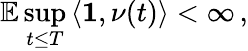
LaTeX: \mathbb{E}\operatorname*{sup}_{t\leq T}\left\langle\mathbf{1},\nu(t)\right\rangle<\infty\, ,